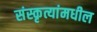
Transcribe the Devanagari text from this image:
संस्कृत्यांमधील